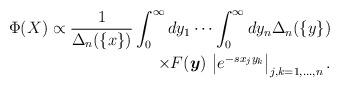
LaTeX: \begin{align*}\Phi(X)\propto\frac{1}{\Delta_n(\{x\})}\int_0^\infty dy_1\cdots \int_0^\infty dy_n\Delta_n(\{y\})\\\times F(\boldsymbol{y})\,\left|e^{-s x_j y_k}\right|_{j,k=1,...,n} .\end{align*}